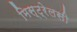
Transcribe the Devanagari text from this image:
मिस्ट्रेलसी